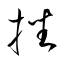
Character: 挫